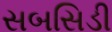
સબસિડી